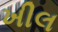
ખીલ